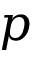
p